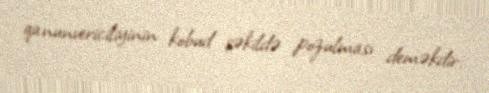
qanunvericiliyinin kobud şəkildə pozulması deməkdir.